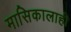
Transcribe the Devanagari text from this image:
मासिकालाही